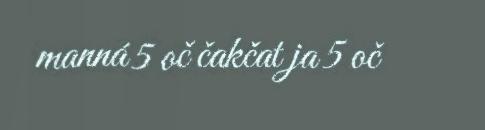
manná 5 oč čakčat ja 5 oč